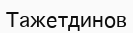
Тажетдинов